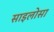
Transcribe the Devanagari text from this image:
साइलोसा